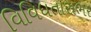
વિવિધતાસભર